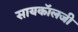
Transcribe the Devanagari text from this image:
सायकॉलजी